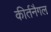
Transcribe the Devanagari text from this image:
कीर्तनैगल